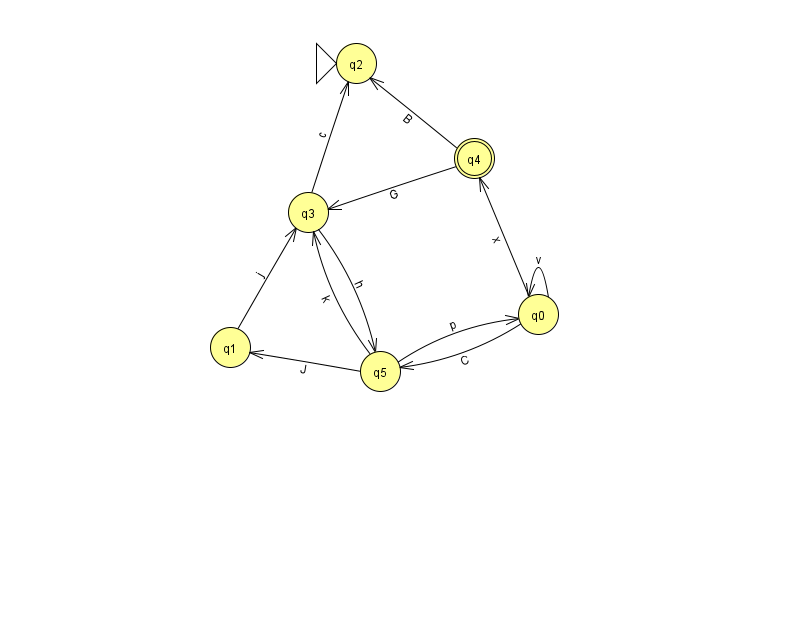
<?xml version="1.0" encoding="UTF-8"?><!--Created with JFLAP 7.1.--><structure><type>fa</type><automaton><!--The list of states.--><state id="0" name="q0"><x>538.0</x><y>301.0</y></state><state id="1" name="q1"><x>230.0</x><y>334.0</y></state><state id="2" name="q2"><x>356.0</x><y>50.0</y><initial/></state><state id="3" name="q3"><x>308.0</x><y>199.0</y></state><state id="4" name="q4"><x>474.0</x><y>145.0</y><final/></state><state id="5" name="q5"><x>380.0</x><y>358.0</y></state><!--The list of transitions.--><transition><from>1</from><to>3</to><read>j</read></transition><transition><from>4</from><to>2</to><read>B</read></transition><transition><from>4</from><to>3</to><read>G</read></transition><transition><from>5</from><to>1</to><read>J</read></transition><transition><from>0</from><to>4</to><read>x</read></transition><transition><from>3</from><to>2</to><read>c</read></transition><transition><from>0</from><to>0</to><read>v</read></transition><transition><from>5</from><to>3</to><read>k</read></transition><transition><from>0</from><to>5</to><read>C</read></transition><transition><from>5</from><to>0</to><read>p</read></transition><transition><from>3</from><to>5</to><read>h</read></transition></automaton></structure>